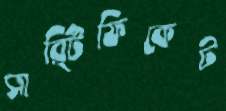
সার্র্টিফিকেট